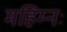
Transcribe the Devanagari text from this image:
महिम्नः